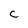
Character: C